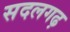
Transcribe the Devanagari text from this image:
सदलगढ़